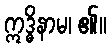
ဣဒ္ဓိနာမ၊ ၏။